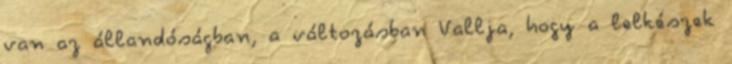
van az állandóságban, a változásban Vallja, hogy a lelkészek